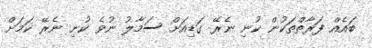
ބައެއް ފަރާތްތަކުން ކުނި ނެރޭ ގަޑިއަށް ސަމާލު ނުވެ ކުނި ނެރޭ ކަމަށް